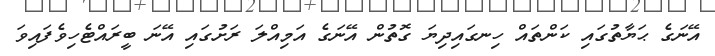
އޭނަގެ ޙަޔާތުގައި ކަންތައް ހިނގައިދިޔަ ގޮތުން އޭނަގެ އަމިއްލަ ރަށުގައި އޭނަ ބީރައްޓެހިވެފައިވަ